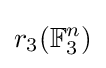
r_{3}(\mathbb {F} _{3}^{n})